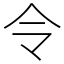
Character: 令